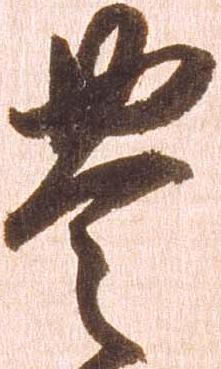
豊